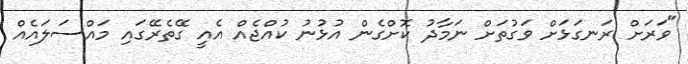
"ވަރަށް ރަނގަޅަށް ވަގުތަށް ނަމާދު ކޮށްގެން އުޅުނު ކުއްޖެއް އެއީ ގޭތެރޭގައި މައްސަލައެއް